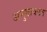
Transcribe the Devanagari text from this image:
अनुवाकात